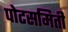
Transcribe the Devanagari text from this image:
पोटसमिती